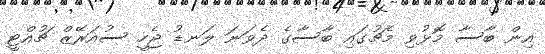
އިން ބާސާ މޮޅުވި މެޗުގައި ބާސާގެ ދެވަނަ ލަނޑު ޖެހީ ސުއަރޭޒް ޗުއްޓީ